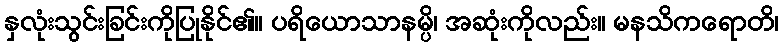
နှလုံးသွင်းခြင်းကိုပြုနိုင်၏။ ပရိယောသာနမ္ပိ၊ အဆုံးကိုလည်း။ မနသိကရောတိ၊